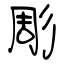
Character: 彫